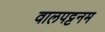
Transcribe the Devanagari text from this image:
वालपट्टनम